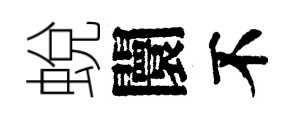
蛻闤不